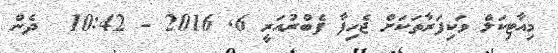
މިއާޓިކަލް ވަކިފަރާތަކަށް ޖެހިފާ ފެބްރުއަރީ 6